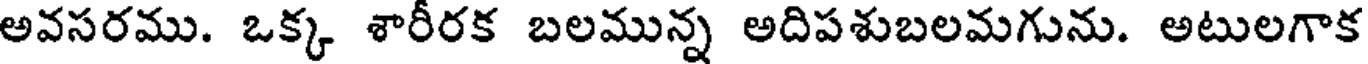
అవసరము. ఒక్క శారీరక బలమున్న అదిపశుబలమగును. అటులగాక